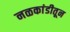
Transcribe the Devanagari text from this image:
नळकांडीतून